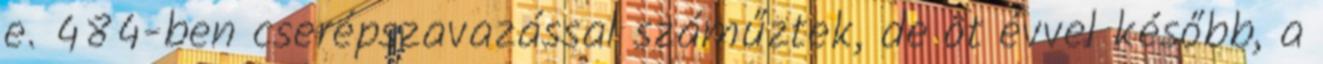
e. 484-ben cserépszavazással száműztek, de öt évvel később, a